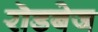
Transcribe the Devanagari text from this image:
रॊडबेज